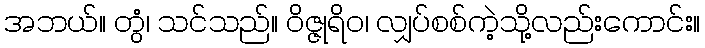
အဘယ်။ တွံ၊ သင်သည်။ ဝိဇ္ဇုရိဝ၊ လျှပ်စစ်ကဲ့သို့လည်းကောင်း။